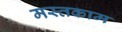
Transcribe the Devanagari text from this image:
मस्तकाम